Indian journal of veterinary science and animal husbandry - Volumes 22-23, 1952-1953
Year: 1952
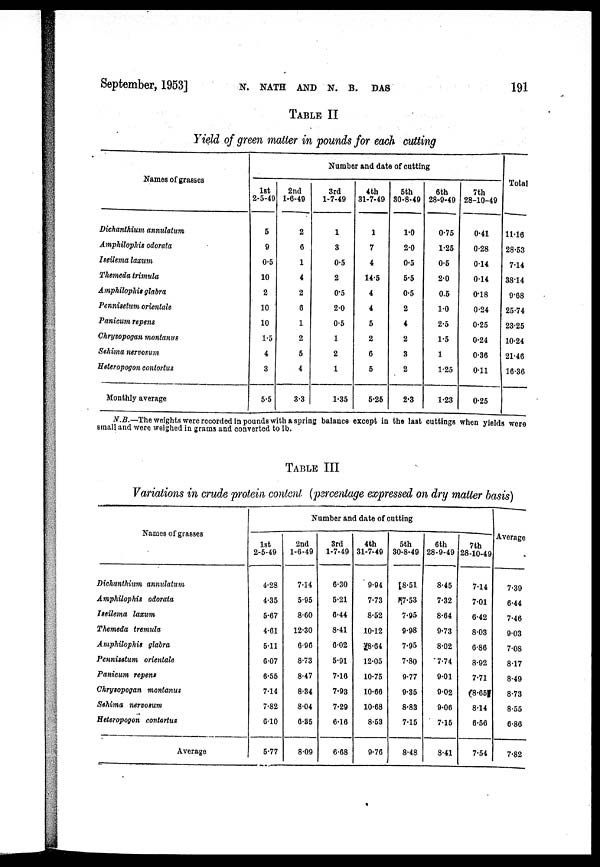
September, 1953]
N.
NATH
AND
N.
B.
DAS
191
TABLE II
Yield of green matter in pounds for each cutting
Names of grasses
Dichanthium annulatum
Amphilophis odorata
Iseilema laxum
Themeda trimula
Amphilophis glabra
Pennisetum orientale
Panicum repens
Chrysopogan montanus
Sehima nervosum
Heteropogon contortus
Monthly average
Number and date of cutting
1st
2-5-49
5
9
0.5
10
2
10
10
1.5
4
3
5.5
2nd
1-6-49
2
6
1
4
2
6
1
2
5
4
3.3
3rd
1-7-49
1
3
0.5
2
0.5
2.0
0.5
1
2
1
1.35
4th
31-7-49
1
7
4
14.5
4
4
5
2
6
5
5.25
5th
30-8-49
1.0
2.0
0.5
5.5
0.5
2
4
2
3
2
2.3
6th
28-9-49
0.75
1.25
0.5
2.0
0.5
1.0
2.5
1.5
1
1.25
1.23
7th
28-10-49
0.41
0.28
0.14
0.14
0.18
0.24
0.25
0.24
0.36
0.11
0.25
Total
11.16
28.53
7.14
38.14
9.68
25.74
23.25
10.24
21.46
16.36
N.B.—The weights were recorded in pounds with a spring balance except in the last cuttings when yields were
small and were weighed in grams and converted to lb.
TABLE III
Variations in crude protein content (percentage expressed on dry matter basis)
Names of grasses
Dichanthium annulatum
Amphilophis odorata
Iseilema laxum
Themeda tremula
Amphilophis glabra
Pennisetum orientale
Panicum repens
Chrysopogan montanus
Sehima nervosum
Heteropogon contortus
Average
Number and date of cutting
1st
2-5-49
4.28
4.35
5.67
4.61
5.11
6.07
6.55
7.14
7.82
6.10
5.77
2nd
1-6-49
7.14
5.95
8.60
12.30
6.96
8.73
8.47
8.34
8.04
6.35
8.09
3rd
1-7-49
6.30
5.21
6.44
8.41
6.02
5.91
7.16
7.93
7.29
6.16
6.68
4th
31-7-49
9.94
7.73
8.52
10.12
8.64
12.05
10.75
10.66
10.68
8.53
9.76
5th
30-8-49
8.51
7.53
7.95
9.98
7.95
7.80
9.77
9.35
8.83
7.15
8.48
6th
28-9-49
8.45
7.32
8.64
9.73
8.02
7.74
9.01
9.02
9.06
7.15
8.41
7th
28-10-49
7.14
7.01
6.42
8.03
6.86
8.92
7.71
8.65
8.14
6.56
7.54
Average
7.39
6.44
7.46
9.03
7.08
8.17
8.49
8.73
8.55
6.86
7.82